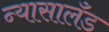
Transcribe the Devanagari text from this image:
न्यासालँड